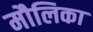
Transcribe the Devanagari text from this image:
मौलिका